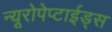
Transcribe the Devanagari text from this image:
न्यूरोपेप्टाईड्स